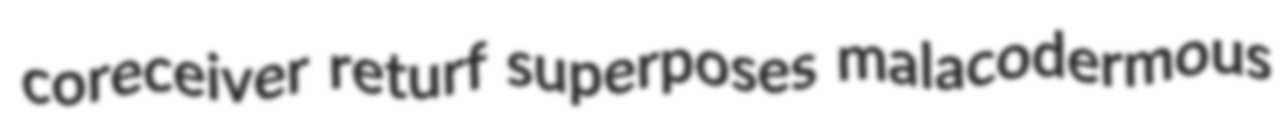
coreceiver returf superposes malacodermous